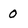
Character: 0